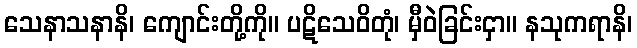
သေနာသနာနိ၊ ကျောင်းတို့ကို။ ပဋိသေဝိတုံ၊ မှီဝဲခြင်းငှာ။ နသုကရာနိ၊